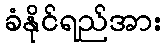
ခံနိုင်ရည်အား